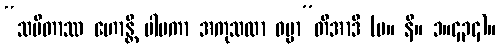
“သမိတာဿ ဟောန္တိ ပါပကာ အကုသလာ ဓမ္မာ”တိအာဒိ (မ။ နိ။ ၁။၄၃၄)။